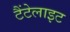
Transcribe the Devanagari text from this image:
टैंटेलाइट